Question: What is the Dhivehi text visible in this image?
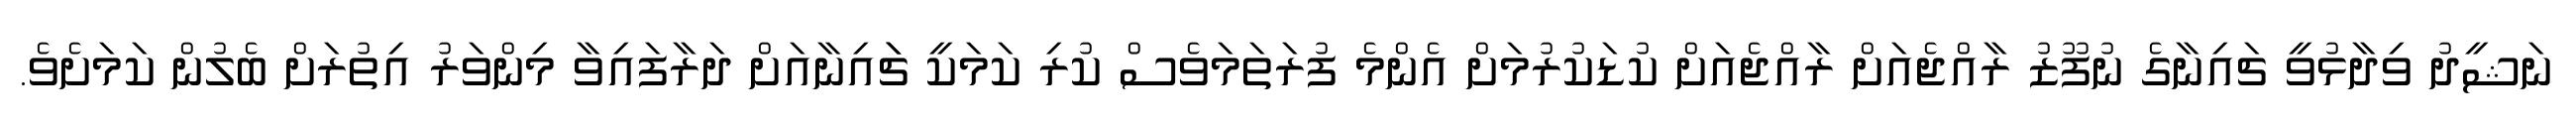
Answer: ނަޝީދު ވިދާޅުވީ ޗައިނާގެ ނުފޫޒު ރާއްޖެއަށް ރާއްޖެއަށް ކުޑަކުރުމަށް އެންމެ ފުރަތަމަވެސް ކުރި ކަމަކީ ޗަައިނާއަށް ދަރާފައިވާ މިންވަރު އިތުރަށް ބެލުން ކަމަށެވެ.